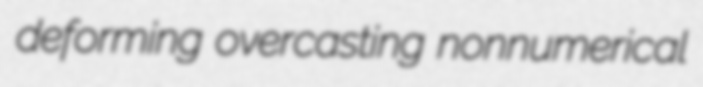
deforming overcasting nonnumerical